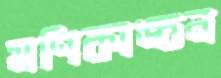
মণিকাঙ্চন